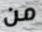
من